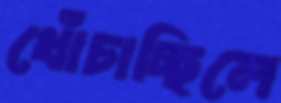
খোঁচাচ্ছিলে